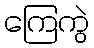
ကြေကွဲ